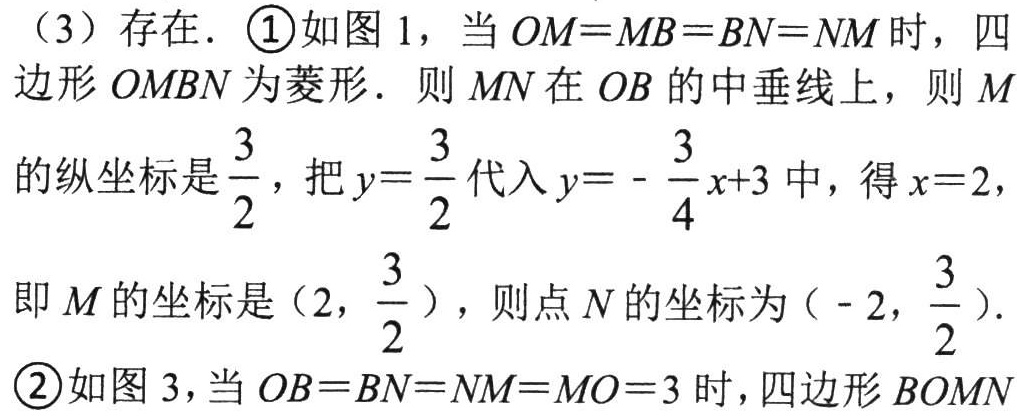
（3）存在. \textcircled{1}如图 1，当\(OM = MB = BN = NM\)时，四边形\(OMBN\)为菱形. 则\(MN\)在\(OB\)的中垂线上，则\(M\)的纵坐标是\(\frac{3}{2}\)，把\(y = \frac{3}{2}\)代入\(y = -\frac{3}{4}x + 3\)中，得\(x = 2\)，即\(M\)的坐标是\((2,\frac{3}{2})\)，则点\(N\)的坐标为\(( - 2,\frac{3}{2})\).
\textcircled{2}如图 3，当\(OB = BN = NM = MO = 3\)时，四边形\(BOMN\)